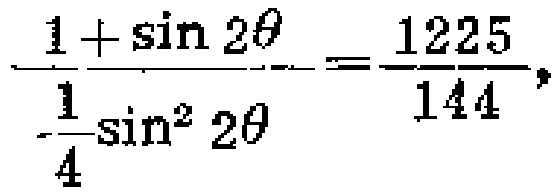
$\frac{144}{1225}=\frac{\frac{1}{4}\sin^{2}\theta}{1 + \sin\theta}$